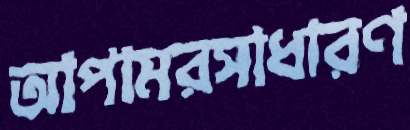
আপামরসাধারণ